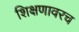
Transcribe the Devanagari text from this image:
शिक्षणावरच